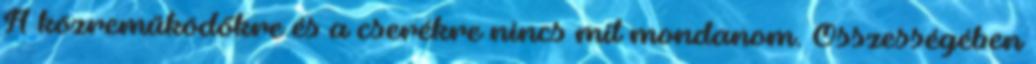
A közreműködőkre és a cserékre nincs mit mondanom. Összességében